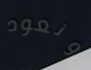
ونعود